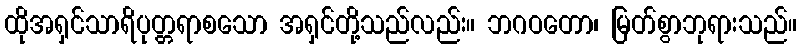
ထိုအရှင်သာရိပုတ္တရာစသော အရှင်တို့သည်လည်း။ ဘဂဝတော၊ မြတ်စွာဘုရားသည်။